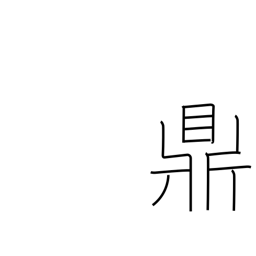
Meaning: three legged kettle